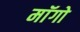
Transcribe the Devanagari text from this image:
माॅगो